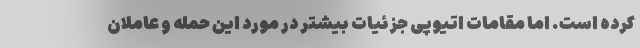
کرده است. اما مقامات اتیوپی جزئیات بیشتر در مورد این حمله و عاملان